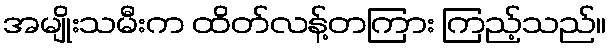
အမျိုးသမီးက ထိတ်လန့်တကြား ကြည့်သည်။